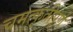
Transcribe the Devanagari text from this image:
चमत्कृतीपूर्ण